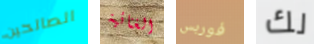
الصالحين الغنائية فوربس لك